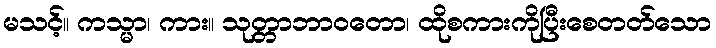
မသင့်။ ကသ္မာ၊ ကား။ သုတ္တာဘာဝတော၊ ထိုစကားကိုပြီးစေတတ်သော